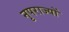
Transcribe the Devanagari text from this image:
नृपराज्यों